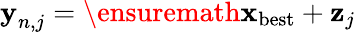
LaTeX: \textbf{y}_{n,j}=\ensuremath{\mathbf{x}}_{\mathrm{best}}+\textbf{z}_{j}